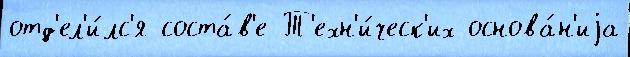
отд'ел'и́лс'я соста́в'е Т'ехн'и́ческ'их основа́н'иjа